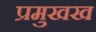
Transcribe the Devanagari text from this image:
प्रमुखख